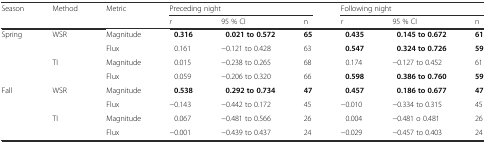
<table><thead><tr><td rowspan="2"><b>Season</b></td><td rowspan="2"><b>Method</b></td><td rowspan="2"><b>Metric</b></td><td colspan="3"><b>Preceding night</b></td><td colspan="3"><b>Following night</b></td></tr><tr><td><b><i>r</i></b></td><td><b>95 % CI</b></td><td><b>n</b></td><td><b><i>r</i></b></td><td><b>95 % CI</b></td><td><b>n</b></td></tr></thead><tbody><tr><td rowspan="4">Spring</td><td rowspan="2">WSR</td><td>Magnitude</td><td><b>0.316</b></td><td><b>0.021 to 0.572</b></td><td><b>65</b></td><td><b>0.435</b></td><td><b>0.145 to 0.672</b></td><td><b>61</b></td></tr><tr><td>Flux</td><td>0.161</td><td>−0.121 to 0.428</td><td>63</td><td><b>0.547</b></td><td><b>0.324 to 0.726</b></td><td><b>59</b></td></tr><tr><td rowspan="2">TI</td><td>Magnitude</td><td>0.015</td><td>−0.238 to 0.265</td><td>68</td><td>0.174</td><td>−0.127 to 0.452</td><td>61</td></tr><tr><td>Flux</td><td>0.059</td><td>−0.206 to 0.320</td><td>66</td><td><b>0.598</b></td><td><b>0.386 to 0.760</b></td><td><b>59</b></td></tr><tr><td rowspan="4">Fall</td><td rowspan="2">WSR</td><td>Magnitude</td><td><b>0.538</b></td><td><b>0.292 to 0.734</b></td><td><b>47</b></td><td><b>0.457</b></td><td><b>0.186 to 0.677</b></td><td><b>47</b></td></tr><tr><td>Flux</td><td>−0.143</td><td>−0.442 to 0.172</td><td>45</td><td>−0.010</td><td>−0.334 to 0.315</td><td>45</td></tr><tr><td rowspan="2">TI</td><td>Magnitude</td><td>0.067</td><td>−0.481 to 0.566</td><td>26</td><td>0.004</td><td>−0.481 o 0.481</td><td>26</td></tr><tr><td>Flux</td><td>−0.001</td><td>−0.439 to 0.437</td><td>24</td><td>−0.029</td><td>−0.457 to 0.403</td><td>24</td></tr></tbody></table>